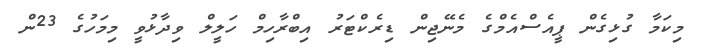
މިކަމާ ގުޅިގެން ޕީއެސްއެމްގެ މެނޭޖިން ޑިރެކްޓަރު އިބްރާހިމް ހަލީލް ވިދާޅުވީ މިމަހުގެ 23ން